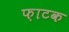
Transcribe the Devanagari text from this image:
फ़ाटक